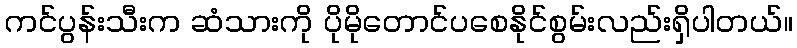
ကင်ပွန်းသီးက ဆံသားကို ပိုမိုတောင်ပစေနိုင်စွမ်းလည်းရှိပါတယ်။